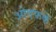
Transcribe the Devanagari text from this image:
ओएफके